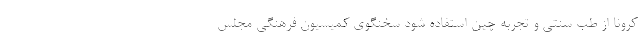
کرونا از طب سنتی و تجربه چین استفاده شود سخنگوی کمیسیون فرهنگی مجلس